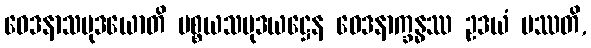
ဝေဒနာသမုဒယောတိ ပစ္စယသမုဒယဋ္ဌေန ဝေဒနာက္ခန္ဓဿ ဥဒယံ ပဿတိ,